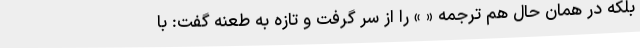
بلکه در همان حال هم ترجمه « » را از سر گرفت و تازه به طعنه گفت: با